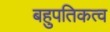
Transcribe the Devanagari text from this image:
बहुपतिकत्व